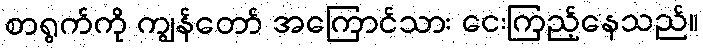
စာရွက်ကို ကျွန်တော် အကြောင်သား ငေးကြည့်နေသည်။